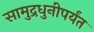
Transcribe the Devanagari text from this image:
सामुद्रधुनीपर्यंत